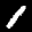
Label: 1